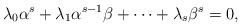
LaTeX: \begin{align*}\lambda_0 \alpha^s+\lambda_1\alpha^{s-1}\beta+\cdots +\lambda_s\beta^s=0,\end{align*}